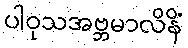
ပါဝုသအဗ္ဘမာလိနိံ